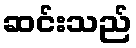
ဆင်းသည်